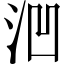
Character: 𪵲